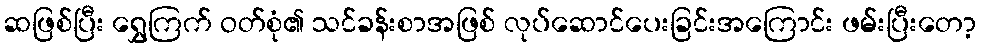
ဆဖြစ်ပြီး ရွှေကြက် ဝတ်စုံ၏ သင်ခန်းစာအဖြစ် လုပ်ဆောင်ပေးခြင်းအကြောင်း ဖမ်းပြီးတော့